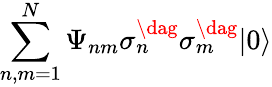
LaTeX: \sum_{n,m=1}^{N}\Psi_{nm}\sigma_{n}^{\dag}\sigma_{m}^{\dag}|0\rangle